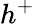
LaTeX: h^{+}